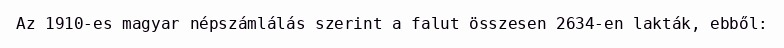
Az 1910-es magyar népszámlálás szerint a falut összesen 2634-en lakták, ebből: